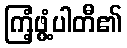
ကြံ့ဖွံ့ပါတီ၏